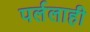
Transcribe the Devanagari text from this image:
पर्ललाही